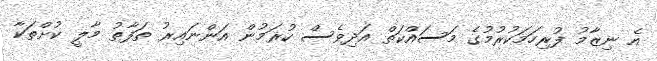
އެ ނިޒާމު ފުރިހަމަކުރުމުގެ މަސައްކަތް އަދިވެސް ކުރަމުން އަންނައިރު ތަފާތު މާލީ ކުށްތަކާ